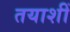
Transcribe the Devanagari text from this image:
तयाशीं